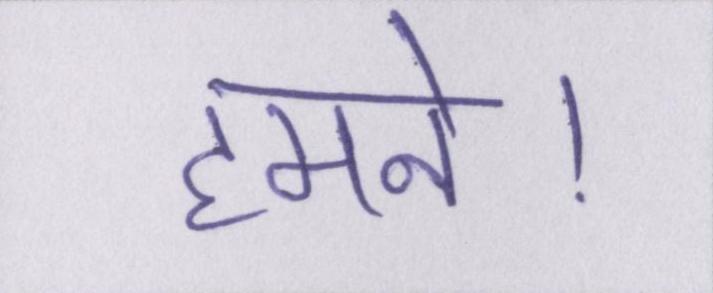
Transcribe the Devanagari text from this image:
हमने।